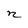
Character: n